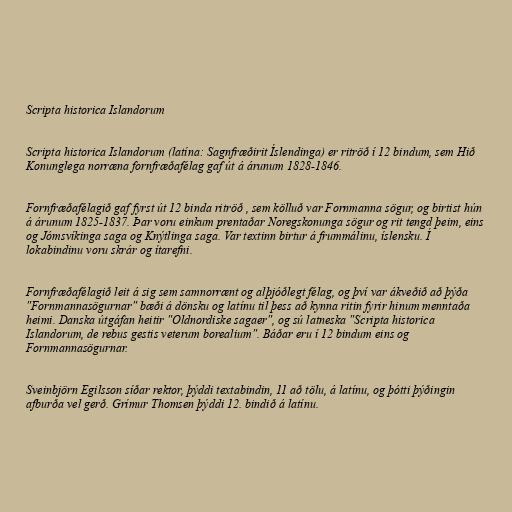
Scripta historica Islandorum

Scripta historica Islandorum (latína: Sagnfræðirit Íslendinga) er ritröð í 12 bindum, sem Hið
Konunglega norræna fornfræðafélag gaf út á árunum 1828-1846.

Fornfræðafélagið gaf fyrst út 12 binda ritröð , sem kölluð var Fornmanna sögur, og birtist hún
á árunum 1825-1837. Þar voru einkum prentaðar Noregskonunga sögur og rit tengd þeim, eins
og Jómsvíkinga saga og Knýtlinga saga. Var textinn birtur á frummálinu, íslensku. Í
lokabindinu voru skrár og ítarefni.

Fornfræðafélagið leit á sig sem samnorrænt og alþjóðlegt félag, og því var ákveðið að þýða
"Fornmannasögurnar" bæði á dönsku og latínu til þess að kynna ritin fyrir hinum menntaða
heimi. Danska útgáfan heitir "Oldnordiske sagaer", og sú latneska "Scripta historica
Islandorum, de rebus gestis veterum borealium". Báðar eru í 12 bindum eins og
Fornmannasögurnar.

Sveinbjörn Egilsson síðar rektor, þýddi textabindin, 11 að tölu, á latínu, og þótti þýðingin
afburða vel gerð. Grímur Thomsen þýddi 12. bindið á latínu.